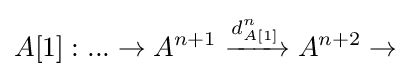
A[1]:...\to A^{n+1}\xrightarrow {d_{A[1]}^{n}} A^{n+2}\to